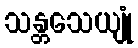
သန္တသေယျုံ